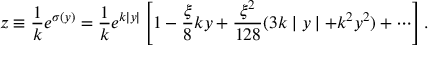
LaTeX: z \equiv \frac { 1 } { k } e ^ { \sigma ( y ) } = \frac { 1 } { k } e ^ { k \mid y \mid } \left[ 1 - \frac { \xi } { 8 } k y + \frac { \xi ^ { 2 } } { 1 2 8 } ( 3 k \mid y \mid + k ^ { 2 } y ^ { 2 } ) + \cdots \right] .